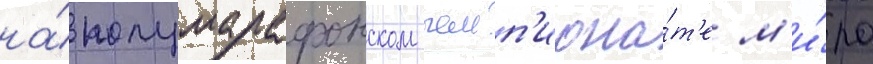
на́ полумарафонском чемп'иона́т'е м'и́ра